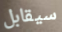
سيقابل